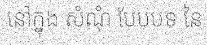
នៅក្នុង សំណុំ បែបបទ នៃ